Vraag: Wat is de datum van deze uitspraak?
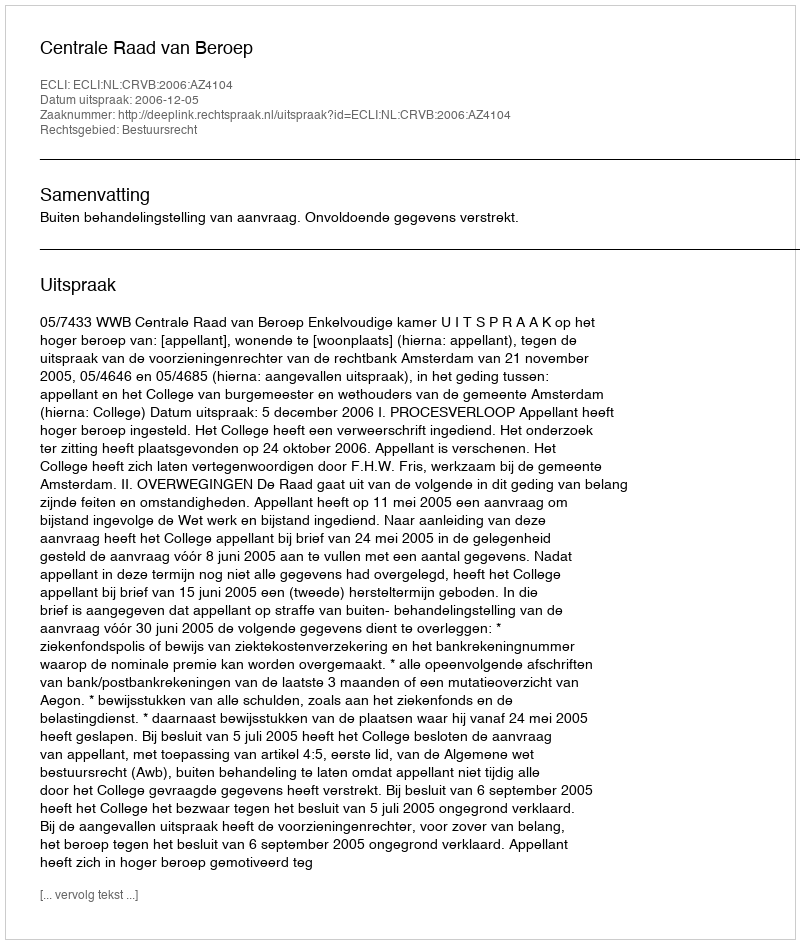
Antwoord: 2006-12-05